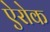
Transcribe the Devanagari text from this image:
ऐरोक